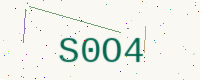
Text: S0O4